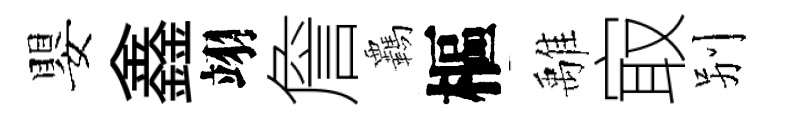
嬰鑫翊詹覊樞𩀌㝡别